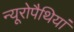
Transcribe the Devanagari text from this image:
न्यूरोपैथियां